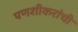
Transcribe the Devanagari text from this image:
पणशीकरांची